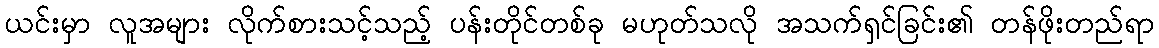
ယင်းမှာ လူအများ လိုက်စားသင့်သည့် ပန်းတိုင်တစ်ခု မဟုတ်သလို အသက်ရှင်ခြင်း၏ တန်ဖိုးတည်ရာ